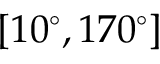
\left[ 1 0 ^ { \circ } , 1 7 0 ^ { \circ } \right]